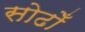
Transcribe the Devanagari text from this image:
सोढोँ